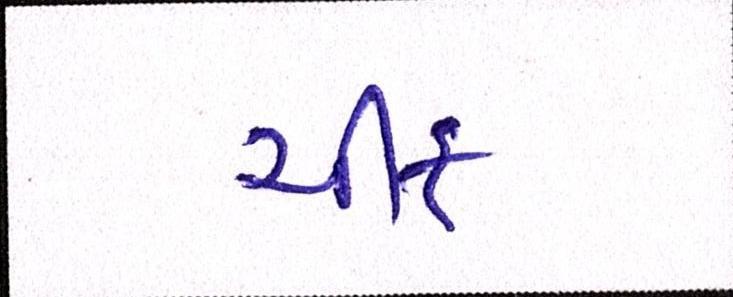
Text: ચીફ